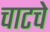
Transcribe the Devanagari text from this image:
चाटचे